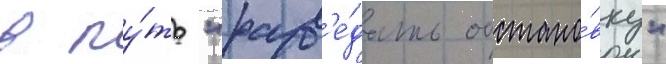
в пу́ть "разв'е́дать обстано́вку"